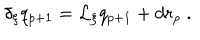
\delta _ { \xi } q _ { p + 1 } = \mathcal { L } _ { \xi } q _ { p + 1 } + d r _ { p } \ .